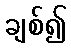
ချစ်၍